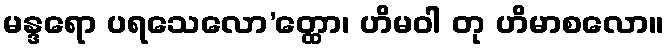
မန္ဒရော ပရသေလော’တ္ထော၊ ဟိမဝါ တု ဟိမာစလော။